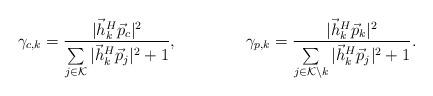
LaTeX: \begin{align*} \gamma_{c,k}&=\frac{|{\vec{h}}_{k}^{H}\vec{p}_{c}|^2}{\sum\limits_{j\in\mathcal{K}}|\vec{h}_{k}^{H}\vec{p}_{j}|^2+1},&\gamma_{p,k}&=\frac{|{\vec{h}}_{k}^{H}\vec{p}_{k}|^2}{\sum\limits_{j\in\mathcal{K}\setminus k}|\vec{h}_{k}^{H}\vec{p}_{j}|^2+1}.\end{align*}